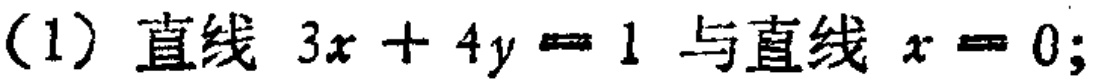
(1) 直线 \(3x + 4y = 1\) 与直线 \(x = 0\);